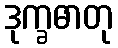
ဒုက္ခဓာတု